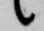
候